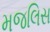
મજલિસ